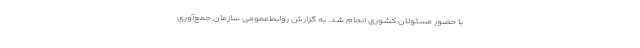
با حضور مسئولان کشوری انجام شد. به گزارش روابط‌عمومی سازمان جمع‌آوری